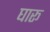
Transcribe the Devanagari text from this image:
घारू